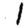
Digit: 1